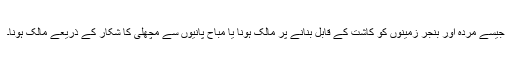
جیسے مردہ اور بنجر زمینوں کو کاشت کے قابل بنانے پر مالک ہونا یا مباح پانیوں سے مچھلی کا شکار کے ذریعے مالک ہونا۔